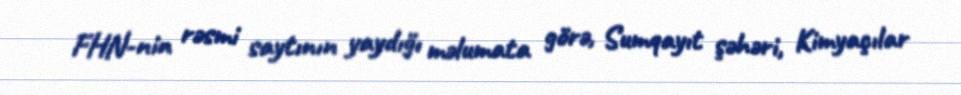
FHN-nin rəsmi saytının yaydığı məlumata görə, Sumqayıt şəhəri, Kimyaçılar